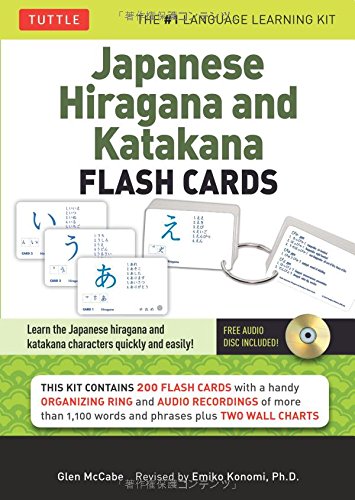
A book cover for Japanese Hiragana & Katakana Flash Cards Kit: (Audio CD Included); Glen McCabe; Reference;